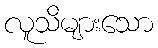
လူသိများသော